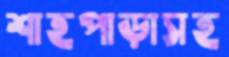
শাহপাড়াসহ